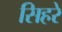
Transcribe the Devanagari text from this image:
सिहरे